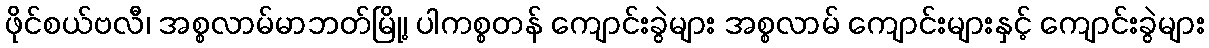
ဖိုင်စယ်ဗလီ၊ အစ္စလာမ်မာဘတ်မြို့၊ ပါကစ္စတန် ကျောင်းခွဲများ အစ္စလာမ် ကျောင်းများနှင့် ကျောင်းခွဲများ